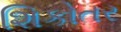
શિકોતર